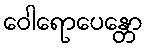
ဝေါရောပေန္တော